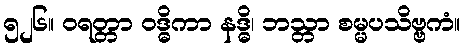
၅၂၆။ ဝရတ္တာ ဝဒ္ဓိကာ နဒ္ဓိ၊ ဘသ္တာ စမ္မပသိဗ္ဗကံ။